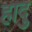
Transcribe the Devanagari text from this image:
हादु